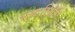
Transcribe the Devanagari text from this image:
सद्यःस्थिती